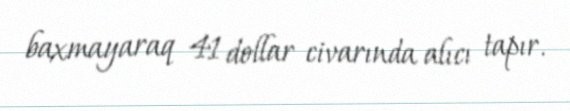
baxmayaraq 41 dollar civarında alıcı tapır.